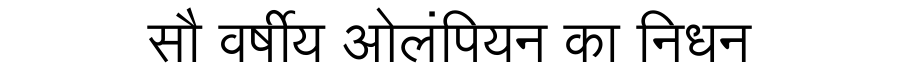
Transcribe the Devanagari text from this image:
सौ वर्षीय ओलंपियन का निधन